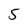
Character: 5